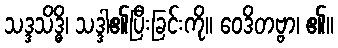
သဒ္ဒသိဒ္ဓိ၊ သဒ္ဒါ၏ပြီးခြင်းကို။ ဝေဒိတဗ္ဗာ၊ ၏။